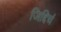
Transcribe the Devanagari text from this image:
जिद्दिचं